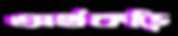
অর্থকড়ি